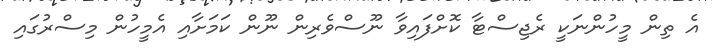
އެ ތިން މީހުންނަކީ ރެޖިސްޓާ ކޮށްފައިވާ ނޫސްވެރިން ނޫން ކަމަށާއި އެމީހުން މިސްރުގައި